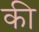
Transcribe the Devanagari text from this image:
की